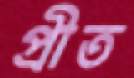
প্রীত